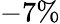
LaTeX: -7\%